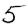
Digit: 5